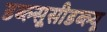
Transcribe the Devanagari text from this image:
डब्ल्सूसीडब्ल्यू